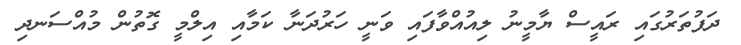
ދަފުތަރުގައި ރައީސް ޔާމީނު ލިއުއްވާފައި ވަނީ ހަރުދަނާ ކަމާއި އިލްމީ ގޮތުން މުއްސަނދި